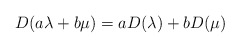
\begin{align*}D(a\lambda+b\mu) = aD(\lambda) + bD(\mu)\end{align*}